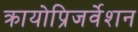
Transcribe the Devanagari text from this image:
क्रायोप्रिजर्वेशन